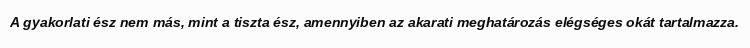
A gyakorlati ész nem más, mint a tiszta ész, amennyiben az akarati meghatározás elégséges okát tartalmazza.